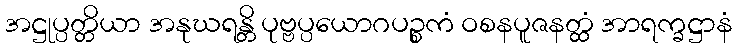
အဋ္ဌုပ္ပတ္တိယာ အနုဃရန္တိ ပုဗ္ဗပ္ပယောဂပဉ္စကံ ဝစနပူဇနတ္ထံ အာရက္ခဋ္ဌာနံ